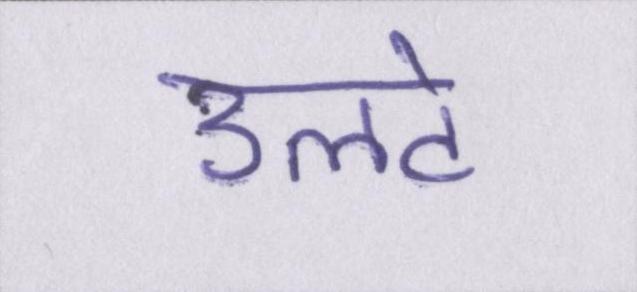
उलटे